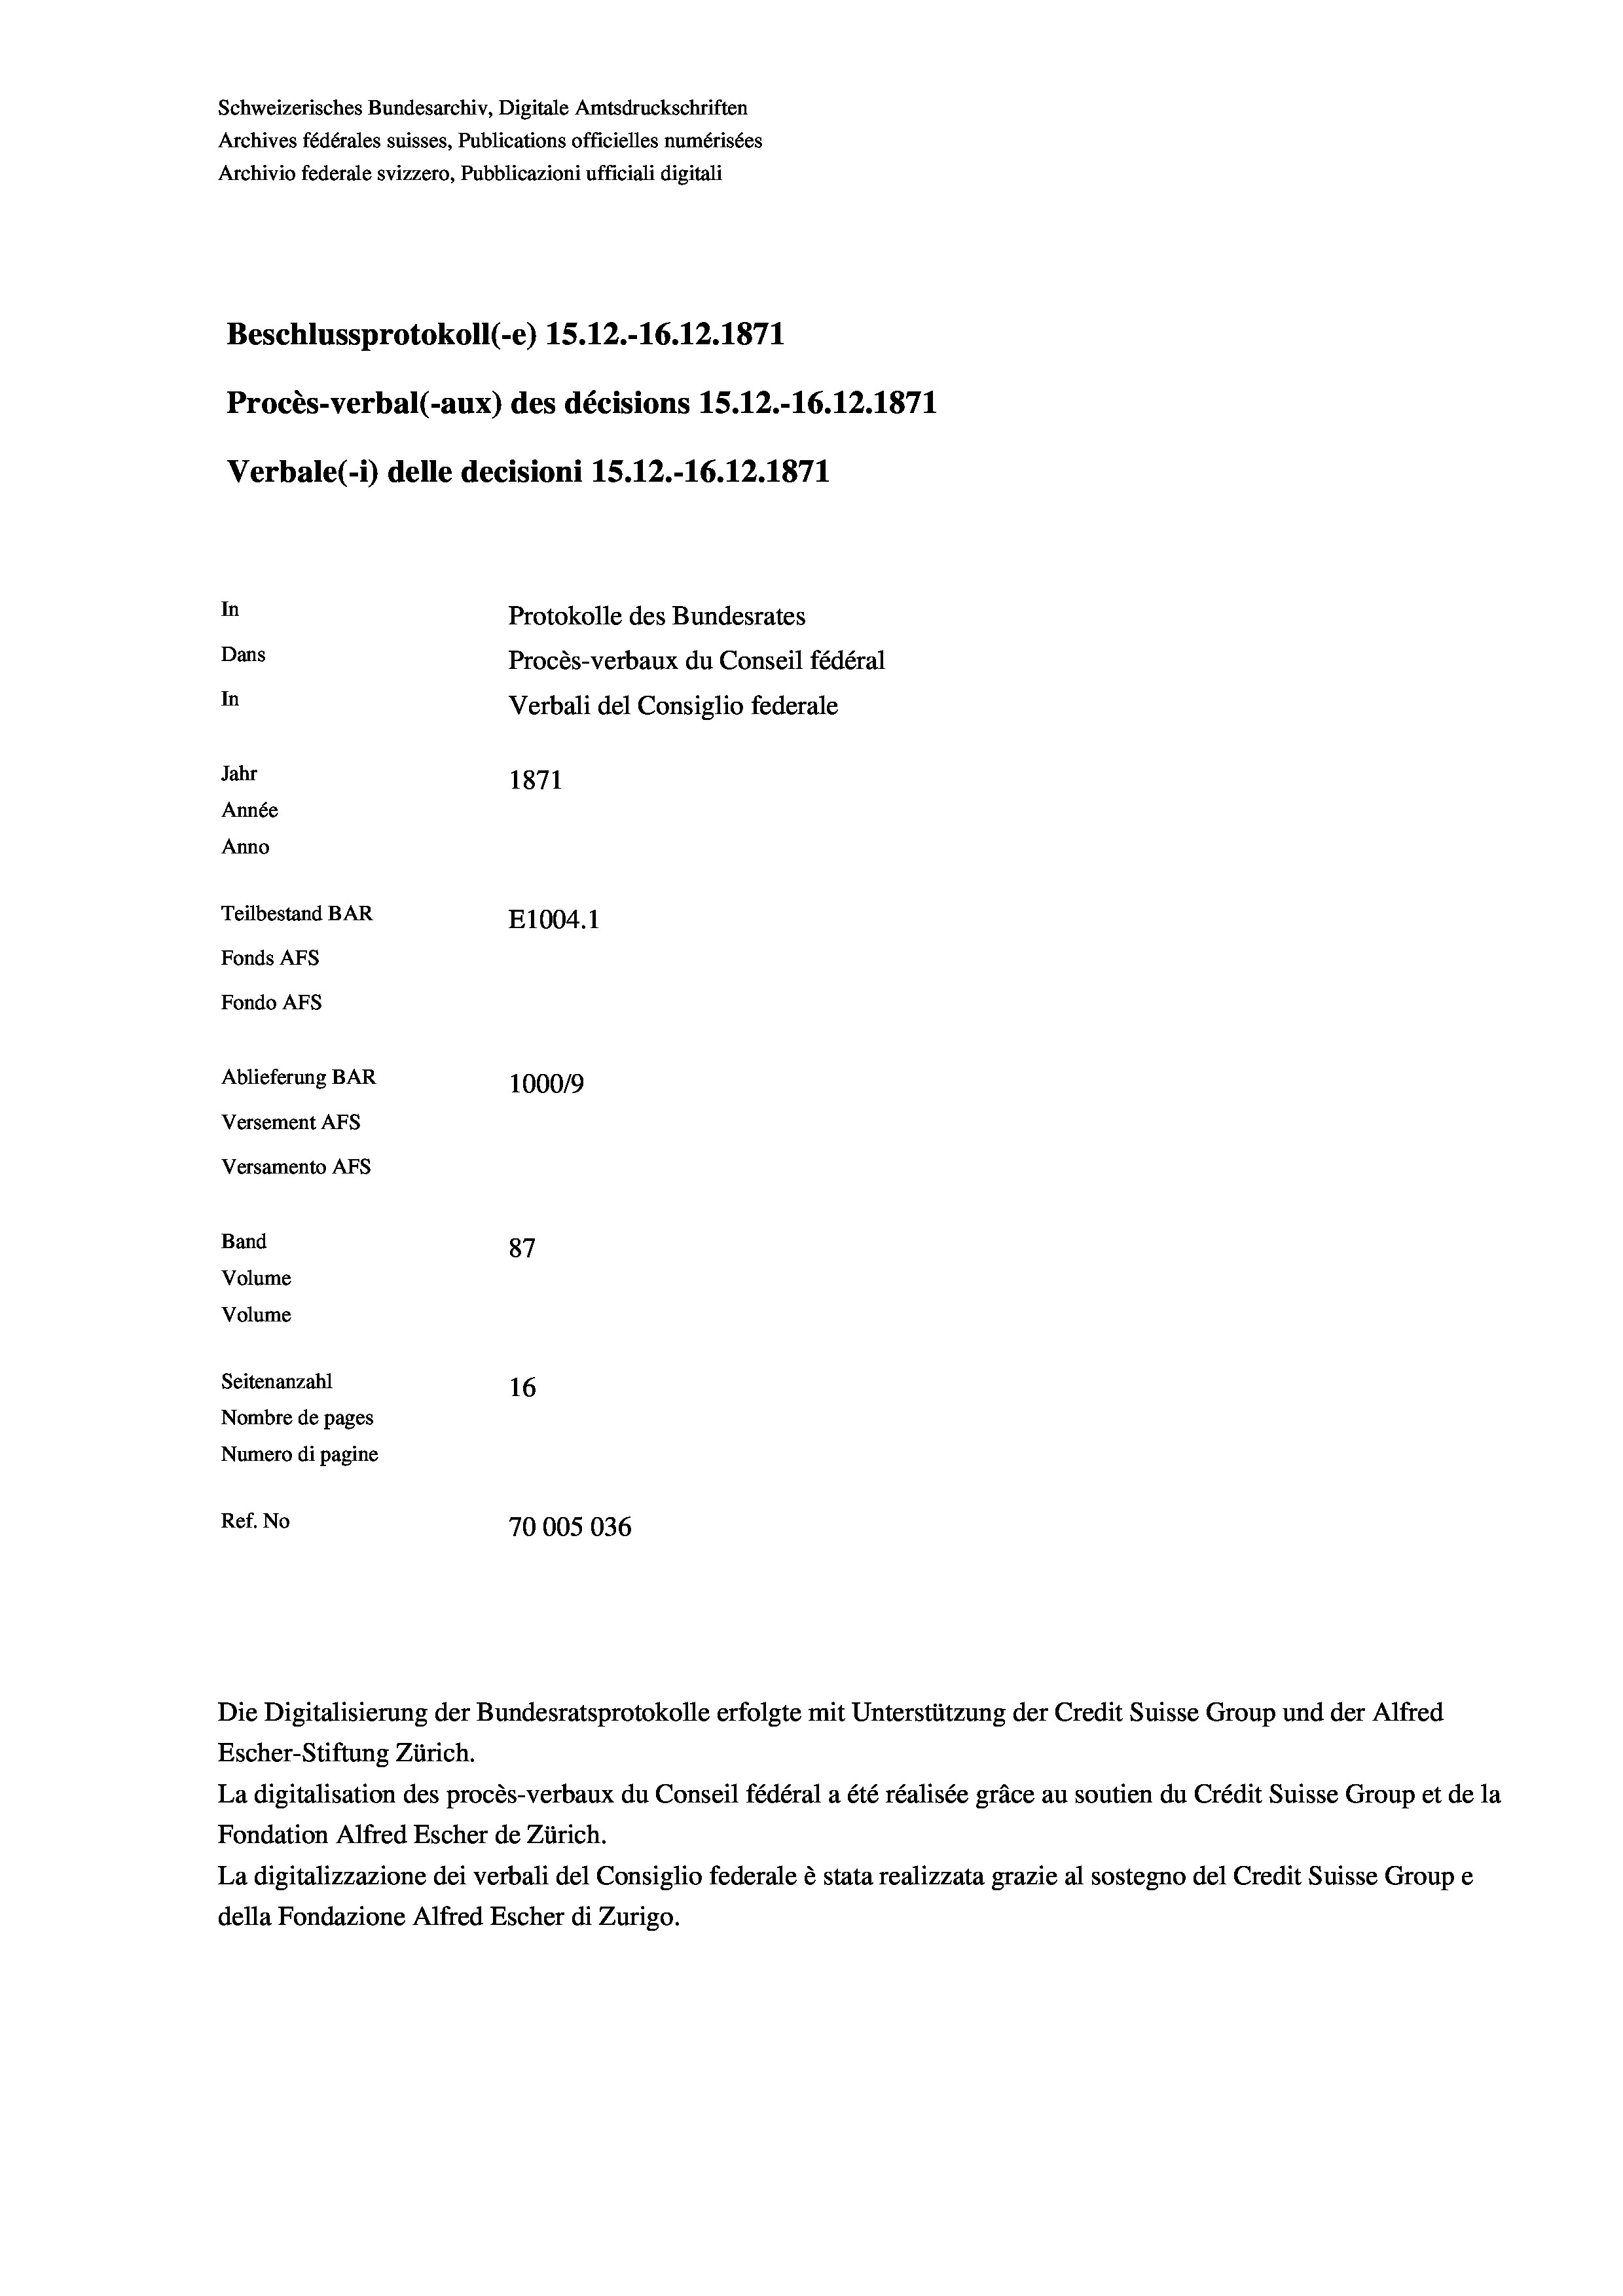
Schweizerisches Bundesarchiv, Digitale Amtsdruckschriften
Archives fédérales suisses, Publications officielles numérisées
Archivio federale svizzero, Pubblicazioni ufficiali digitali
Beschlussprotokoll (-e) 15. 12.-16.12.1871
Procès-verbal (-aux) des décisions IS. 12.-16.12.1871
Verbale(-*) delle decisioni 15.12.-16.12.1871
In
Protokolle des Bundesrates
Dans
Procès-verbaux du Conseil fédéral
In
Verbali del Consiglio federale
Jahr
1871
Année
Anno
Teilbestand BAR
E1004. 1
Fonds AFs
Fondo AFs
Ablieferung BAR
1000/9
Versement AFs
Versamento AFS

Band
Volume
Volume

87
Seitenanzahl
16
Nombre de pages
Numero di pagine
Ref. No
70005036

Escher-Stiftung Zürich.
La digitalisation des procès-verbaux du Conseil fédéral a été réalisée gräce au soutien du Crédit Suisse Group et de la
Fondation Alfred Escher de Zürich.
La digitalizzazione dei verbali del Consiglio federale è stata realizzata grazie al sostegno del Credit Suisse Groupe
della Fondazione Alfred Escher di Zurigo.

Die Digitalisierung der Bundesratsprotokolle erfolgte mit Unterstützung der Credit Suisse Group und der Alfred